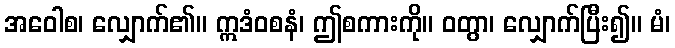
အဝေါစ၊ လျှောက်၏။ ဣဒံဝစနံ၊ ဤစကားကို။ ဝတွာ၊ လျှောက်ပြီး၍။ မံ၊